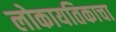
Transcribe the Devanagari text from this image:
लोकायतिकाचा